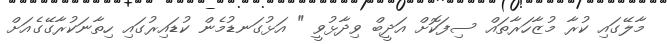
މާލޭގައި ކުރާ މުޒާހަރާތައް ސިފަކޮށް އަދީބް ވިދާޅުވީ " އަޅުގަނޑުމެން ކުޑައިރުގައި ހިތާނަކުރާގޭގެއަށް